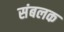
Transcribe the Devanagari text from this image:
संबलक